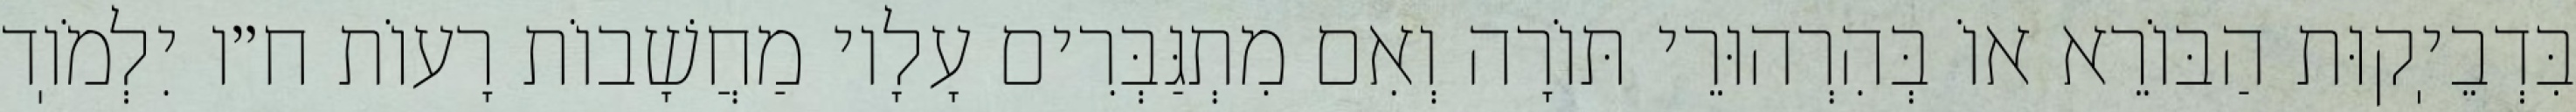
בִּדְבֵיֽקוּת הַבּוֹרֵא אוֹ בְּהִרְהוּרֵי תּוֹרָה וְאִם מִתְגַּבְּרִים עָלָיו מַחֲשָׁבוֹת רָעוֹת ח״ו יִלְמֹוֽד